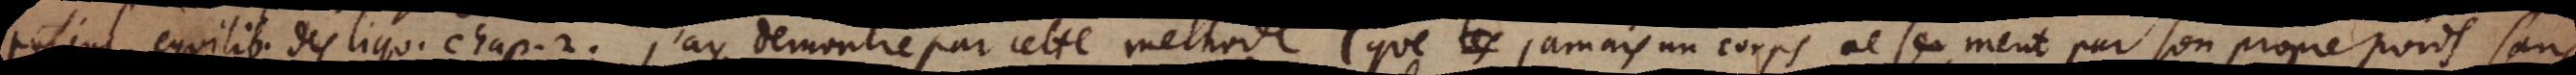
Pascal. equilib. des liqu. chap. 2. J’ay demontré par cette methode (que les jamais un corps se meut par son propre poids sans